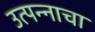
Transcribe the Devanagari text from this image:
उत्‍पन्‍नाचा